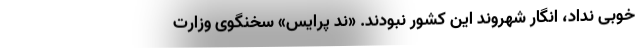
خوبی نداد، انگار شهروند این کشور نبودند. «ند پرایس» سخنگوی وزارت‌